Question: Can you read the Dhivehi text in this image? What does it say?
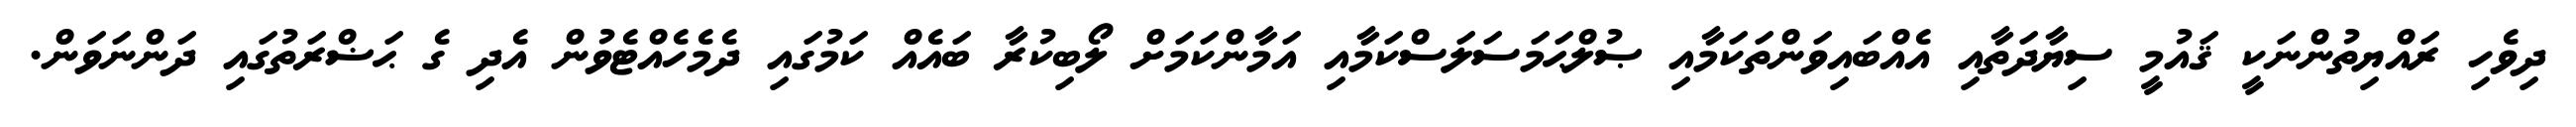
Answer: ދިވެހި ރައްޔިތުންނަކީ ޤައުމީ ސިޔާދަތާއި އެއްބައިވަންތަކަމާއި ޞުލްޙަމަސަލަސްކަމާއި އަމާންކަމަށް ލޯބިކުރާ ބައެއް ކަމުގައި ދެމެހެއްޓެވުން އެދި ގެ ޙަޟްރަތުގައި ދަންނަވަން.